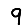
Digit: 9